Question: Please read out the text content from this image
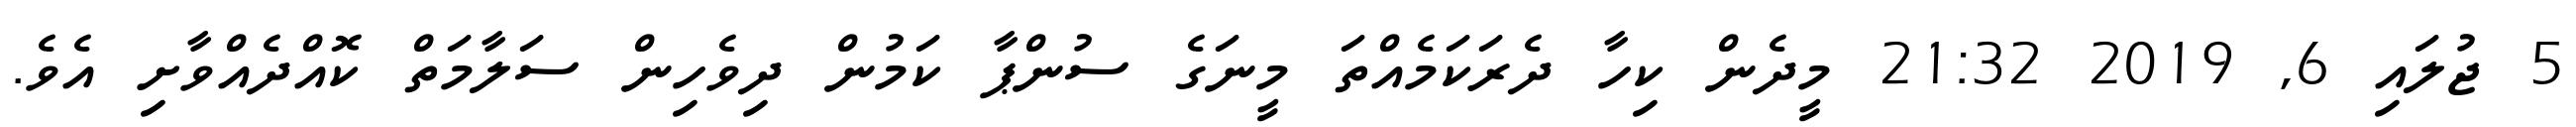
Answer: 5 ޖުލައި 6, 2019 21:32 މީދެން ކިހާ ދެރަކަމެއްތަ މީނަގެ ސުންޕާ ކަމުން ދިވެހިން ސަލާމަތް ކޮއްދެއްވާށި އެވެ.